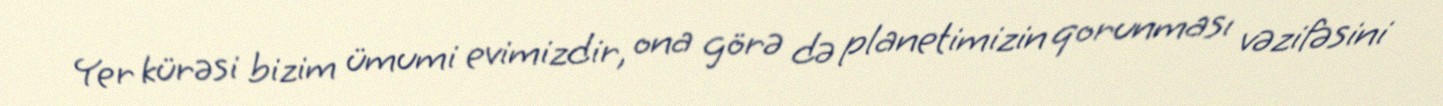
Yer kürəsi bizim ümumi evimizdir, ona görə də planetimizin qorunması vəzifəsini